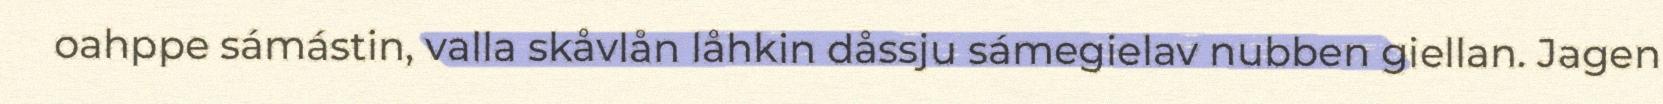
oahppe sámástin, valla skåvlån låhkin dåssju sámegielav nubben giellan. Jagen